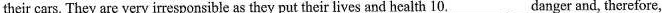
their cars. They are very irresponsible as they put their lives and health 10. ___ danger and, therefore,